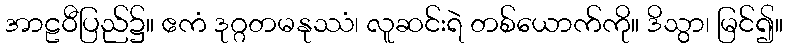
အာဠဝီပြည်၌။ ဧကံ ဒုဂ္ဂတမနုဿံ၊ လူဆင်းရဲ တစ်ယောက်ကို။ ဒိသွာ၊ မြင်၍။